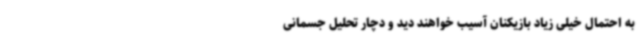
به احتمال خیلی زیاد بازیکنان آسیب خواهند دید و دچار تحلیل جسمانی